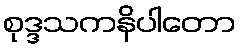
စုဒ္ဒသကနိပါတော